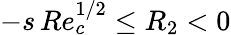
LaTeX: -s\, Re_{c}^{1/2}\leq R_{2}<0